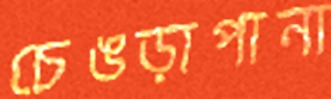
চেঙড়াপানা